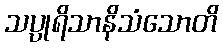
သပ္ပုရိသာနိသံသောတိ